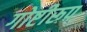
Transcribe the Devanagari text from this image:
गोष्टीरूप